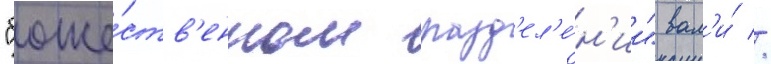
"боже́ств'енном разд'ел'е́н'ии" вал'и́ //